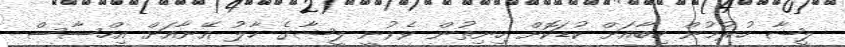
ލީޝާ ހުރުމުން ހިބާއަށް ކުޑަކޮށް ހިނިތުން ވެވުނީ ލީޝާގެ ހާލު އޭނާއަށް އިހްސާސް